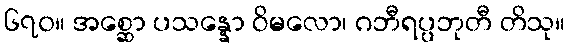
၆၇၀။ အစ္ဆော ပသန္နော ဝိမလော၊ ဂဘီရပ္ပဘုတီ တိသု။